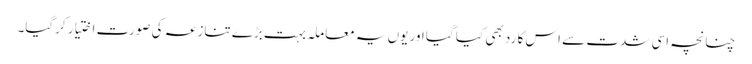
چنانچہ اسی شدت سے اس کا رد بھی کیا گیا اور یوں یہ معاملہ بہت بڑے تنازعہ کی صورت اختیار کرگیا۔